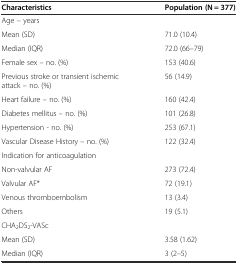
<table><thead><tr><td><b>Characteristics</b></td><td><b>Population (N = 377)</b></td></tr></thead><tbody><tr><td>Age – years</td><td></td></tr><tr><td>Mean (SD)</td><td>71.0 (10.4)</td></tr><tr><td>Median (IQR)</td><td>72.0 (66–79)</td></tr><tr><td>Female sex – no. (%)</td><td>153 (40.6)</td></tr><tr><td>Previous stroke or transient ischemic attack – no. (%)</td><td>56 (14.9)</td></tr><tr><td>Heart failure – no. (%)</td><td>160 (42.4)</td></tr><tr><td>Diabetes mellitus – no. (%)</td><td>101 (26.8)</td></tr><tr><td>Hypertension - no. (%)</td><td>253 (67.1)</td></tr><tr><td>Vascular Disease History – no. (%)</td><td>122 (32.4)</td></tr><tr><td>Indication for anticoagulation</td><td></td></tr><tr><td>Non-valvular AF</td><td>273 (72.4)</td></tr><tr><td>Valvular AF*</td><td>72 (19.1)</td></tr><tr><td>Venous thromboembolism</td><td>13 (3.4)</td></tr><tr><td>Others</td><td>19 (5.1)</td></tr><tr><td>CHA<sub>2</sub>DS<sub>2</sub>-VASc</td><td></td></tr><tr><td>Mean (SD)</td><td>3.58 (1.62)</td></tr><tr><td>Median (IQR)</td><td>3 (2–5)</td></tr></tbody></table>